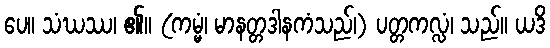
ပေ။ သံဃဿ၊ ၏။ (ကမ္မံ၊ မာနတ္တဒါနကံသည်၊) ပတ္တကလ္လံ၊ သည်။ ယဒိ